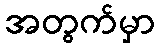
အတွက်မှာ